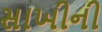
સાખીની